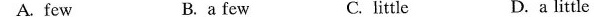
A. few B. a few C. little D.a little